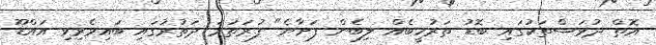
އޮތް ދުވަސްތަކުގައި ބޮޑު ތަރުހީބެއް ލިބެން ފަށާނެ" ފުރަތަމަ ދަތުރުގައި ބައިވެރިވި އައްޑޫ